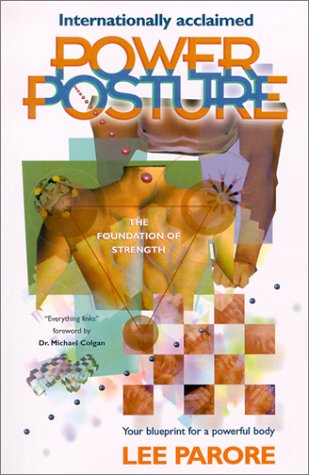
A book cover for Power Posture: The Foundation of Strength; Lee Parore; Health, Fitness & Dieting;